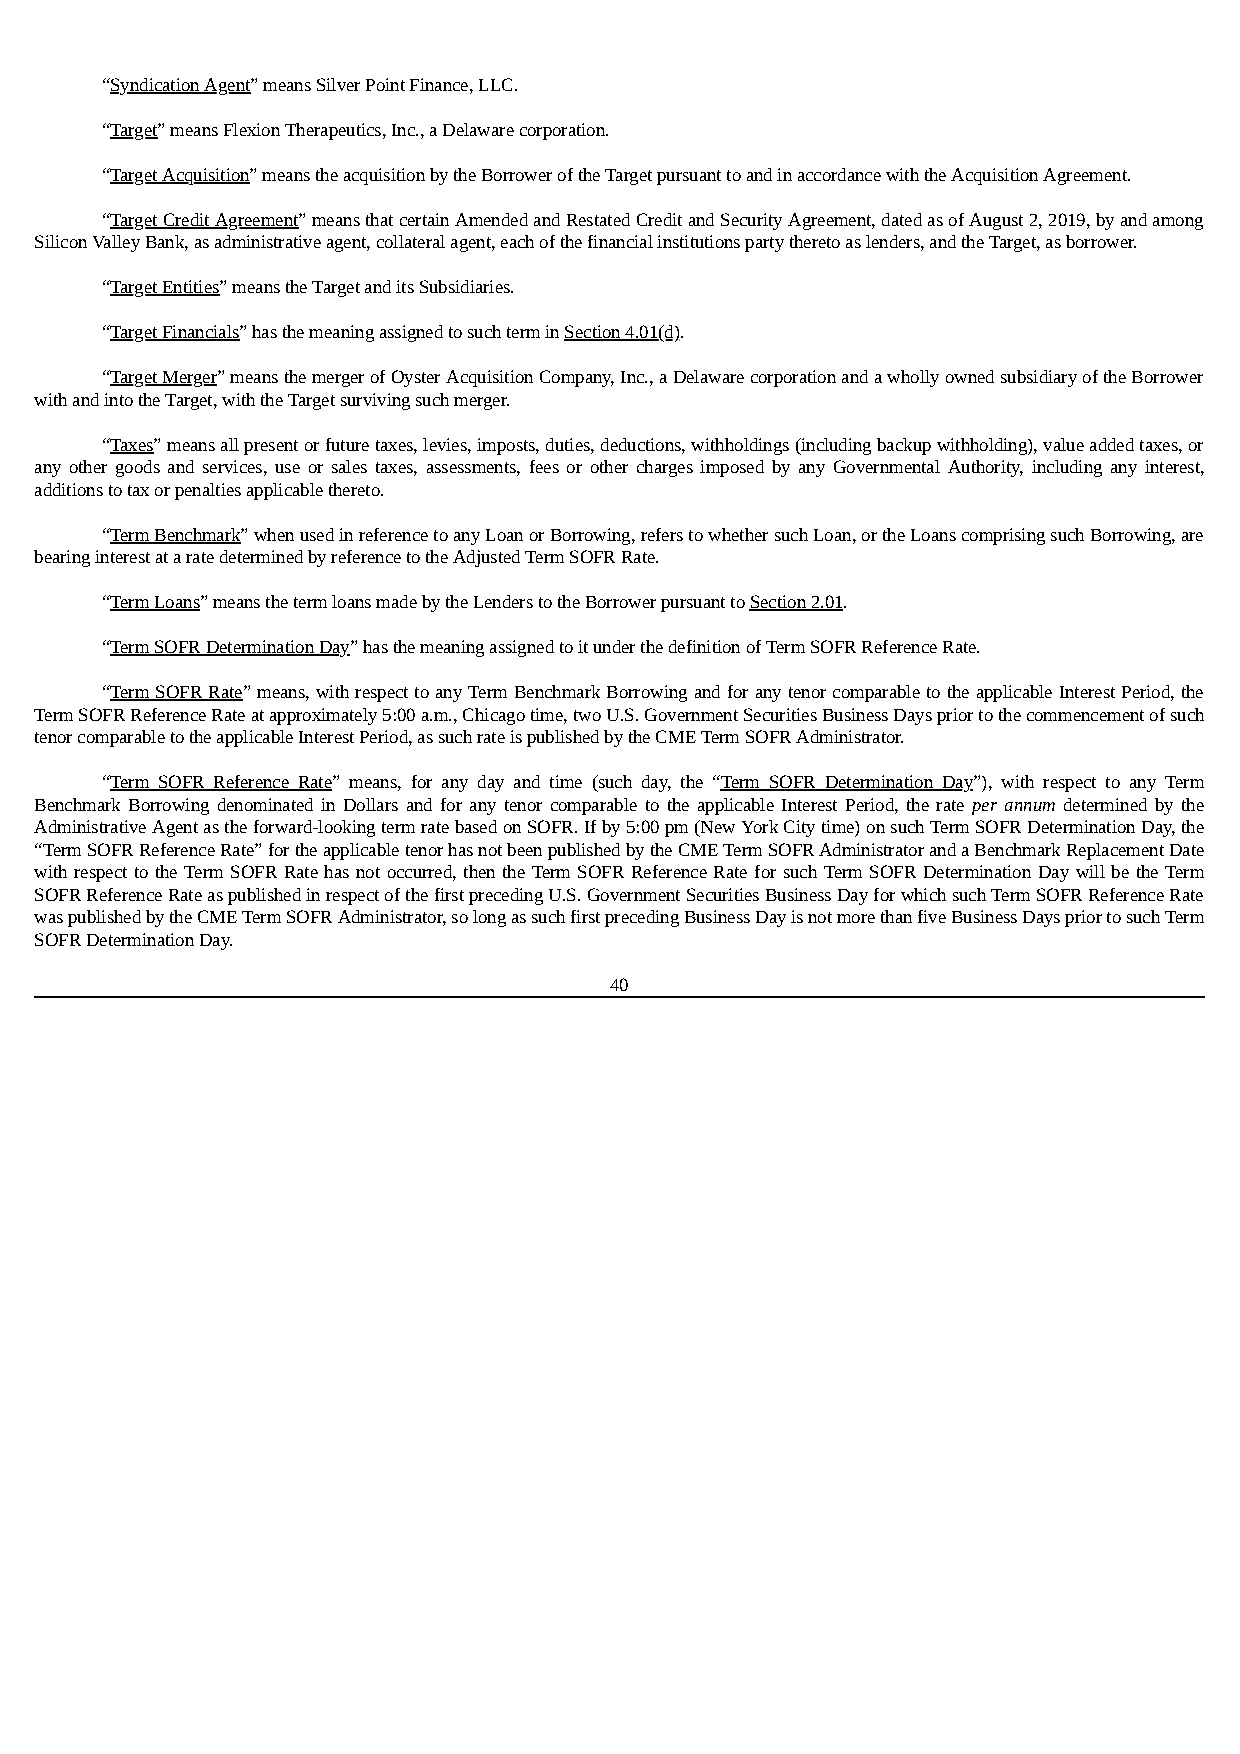
“Syndication Agent” means Silver Point Finance, LLC.
 “Target” means Flexion Therapeutics, Inc., a Delaware corporation.
 “Target Acquisition” means the acquisition by the Borrower of the Target pursuant to and in accordance with the Acquisition Agreement.
 “Target Credit Agreement” means that certain Amended and Restated Credit and Security Agreement, dated as of August 2, 2019, by and among
 Silicon Valley Bank, as administrative agent, collateral agent, each of the financial institutions party thereto as lenders, and the Target, as borrower.
 “Target Entities” means the Target and its Subsidiaries.
 “Target Financials” has the meaning assigned to such term in Section 4.01(d).
 “Target Merger” means the merger of Oyster Acquisition Company, Inc., a Delaware corporation and a wholly owned subsidiary of the Borrower
 with and into the Target, with the Target surviving such merger.
 “Taxes” means all present or future taxes, levies, imposts, duties, deductions, withholdings (including backup withholding), value added taxes, or
 any other goods and services, use or sales taxes, assessments, fees or other charges imposed by any Governmental Authority, including any interest,
 additions to tax or penalties applicable thereto.
 “Term Benchmark” when used in reference to any Loan or Borrowing, refers to whether such Loan, or the Loans comprising such Borrowing, are
 bearing interest at a rate determined by reference to the Adjusted Term SOFR Rate.
 “Term Loans” means the term loans made by the Lenders to the Borrower pursuant to Section 2.01.
 “Term SOFR Determination Day” has the meaning assigned to it under the definition of Term SOFR Reference Rate.
 “Term SOFR Rate” means, with respect to any Term Benchmark Borrowing and for any tenor comparable to the applicable Interest Period, the
 Term SOFR Reference Rate at approximately 5:00 a.m., Chicago time, two U.S. Government Securities Business Days prior to the commencement of such
 tenor comparable to the applicable Interest Period, as such rate is published by the CME Term SOFR Administrator.
 “Term SOFR Reference Rate” means, for any day and time (such day, the “Term SOFR Determination Day”), with respect to any Term
 Benchmark Borrowing denominated in Dollars and for any tenor comparable to the applicable Interest Period, the rate per annum determined by the
 Administrative Agent as the forward-looking term rate based on SOFR. If by 5:00 pm (New York City time) on such Term SOFR Determination Day, the
 “Term SOFR Reference Rate” for the applicable tenor has not been published by the CME Term SOFR Administrator and a Benchmark Replacement Date
 with respect to the Term SOFR Rate has not occurred, then the Term SOFR Reference Rate for such Term SOFR Determination Day will be the Term
 SOFR Reference Rate as published in respect of the first preceding U.S. Government Securities Business Day for which such Term SOFR Reference Rate
 was published by the CME Term SOFR Administrator, so long as such first preceding Business Day is not more than five Business Days prior to such Term
 SOFR Determination Day.
 40